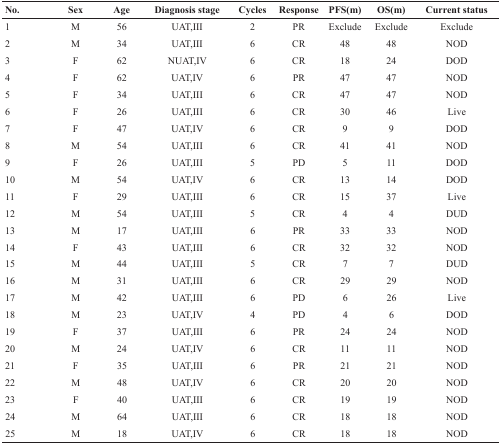
<table><thead><tr><td><b>No.</b></td><td><b>Sex</b></td><td><b>Age</b></td><td><b>Diagnosis stage</b></td><td><b>Cycles</b></td><td><b>Response</b></td><td><b>PFS(m)</b></td><td><b>OS(m)</b></td><td><b>Current status</b></td></tr></thead><tbody><tr><td>1</td><td>M</td><td>56</td><td>UAT,III</td><td>2</td><td>PR</td><td>Exclude</td><td>Exclude</td><td>Exclude</td></tr><tr><td>2</td><td>M</td><td>34</td><td>UAT,III</td><td>6</td><td>CR</td><td>48</td><td>48</td><td>NOD</td></tr><tr><td>3</td><td>F</td><td>62</td><td>NUAT,IV</td><td>6</td><td>CR</td><td>18</td><td>24</td><td>DOD</td></tr><tr><td>4</td><td>F</td><td>62</td><td>UAT,IV</td><td>6</td><td>PR</td><td>47</td><td>47</td><td>NOD</td></tr><tr><td>5</td><td>F</td><td>34</td><td>UAT,III</td><td>6</td><td>CR</td><td>47</td><td>47</td><td>NOD</td></tr><tr><td>6</td><td>F</td><td>26</td><td>UAT,III</td><td>6</td><td>CR</td><td>30</td><td>46</td><td>Live</td></tr><tr><td>7</td><td>F</td><td>47</td><td>UAT,IV</td><td>6</td><td>CR</td><td>9</td><td>9</td><td>DOD</td></tr><tr><td>8</td><td>M</td><td>54</td><td>UAT,III</td><td>6</td><td>CR</td><td>41</td><td>41</td><td>NOD</td></tr><tr><td>9</td><td>F</td><td>26</td><td>UAT,III</td><td>5</td><td>PD</td><td>5</td><td>11</td><td>DOD</td></tr><tr><td>10</td><td>M</td><td>54</td><td>UAT,IV</td><td>6</td><td>CR</td><td>13</td><td>14</td><td>DOD</td></tr><tr><td>11</td><td>F</td><td>29</td><td>UAT,III</td><td>6</td><td>CR</td><td>15</td><td>37</td><td>Live</td></tr><tr><td>12</td><td>M</td><td>54</td><td>UAT,III</td><td>5</td><td>CR</td><td>4</td><td>4</td><td>DUD</td></tr><tr><td>13</td><td>M</td><td>17</td><td>UAT,III</td><td>6</td><td>PR</td><td>33</td><td>33</td><td>NOD</td></tr><tr><td>14</td><td>F</td><td>43</td><td>UAT,III</td><td>6</td><td>CR</td><td>32</td><td>32</td><td>NOD</td></tr><tr><td>15</td><td>M</td><td>44</td><td>UAT,III</td><td>5</td><td>CR</td><td>7</td><td>7</td><td>DUD</td></tr><tr><td>16</td><td>M</td><td>31</td><td>UAT,III</td><td>6</td><td>CR</td><td>29</td><td>29</td><td>NOD</td></tr><tr><td>17</td><td>M</td><td>42</td><td>UAT,III</td><td>6</td><td>PD</td><td>6</td><td>26</td><td>Live</td></tr><tr><td>18</td><td>M</td><td>23</td><td>UAT,IV</td><td>4</td><td>PD</td><td>4</td><td>6</td><td>DOD</td></tr><tr><td>19</td><td>F</td><td>37</td><td>UAT,III</td><td>6</td><td>PR</td><td>24</td><td>24</td><td>NOD</td></tr><tr><td>20</td><td>M</td><td>24</td><td>UAT,IV</td><td>6</td><td>CR</td><td>11</td><td>11</td><td>NOD</td></tr><tr><td>21</td><td>F</td><td>35</td><td>UAT,III</td><td>6</td><td>PR</td><td>21</td><td>21</td><td>NOD</td></tr><tr><td>22</td><td>M</td><td>48</td><td>UAT,IV</td><td>6</td><td>CR</td><td>20</td><td>20</td><td>NOD</td></tr><tr><td>23</td><td>F</td><td>40</td><td>UAT,III</td><td>6</td><td>CR</td><td>19</td><td>19</td><td>NOD</td></tr><tr><td>24</td><td>M</td><td>64</td><td>UAT,III</td><td>6</td><td>CR</td><td>18</td><td>18</td><td>NOD</td></tr><tr><td>25</td><td>M</td><td>18</td><td>UAT,IV</td><td>6</td><td>CR</td><td>18</td><td>18</td><td>NOD</td></tr></tbody></table>